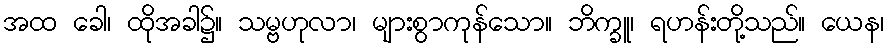
အထ ခေါ၊ ထိုအခါ၌။ သမ္ဗဟုလာ၊ များစွာကုန်သော။ ဘိက္ခူ၊ ရဟန်းတို့သည်။ ယေန၊